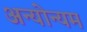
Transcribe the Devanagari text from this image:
अन्योन्यम